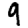
Digit: 9